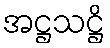
အဋ္ဌသဋ္ဌိ